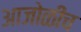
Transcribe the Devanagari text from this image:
आजोळीच